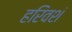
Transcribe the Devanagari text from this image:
हरिवशं